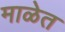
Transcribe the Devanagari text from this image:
माळेत